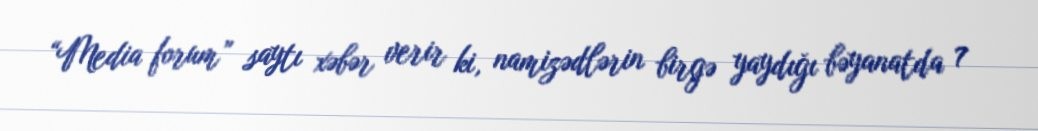
“Media forum” saytı xəbər verir ki, namizədlərin birgə yaydığı bəyanatda 7